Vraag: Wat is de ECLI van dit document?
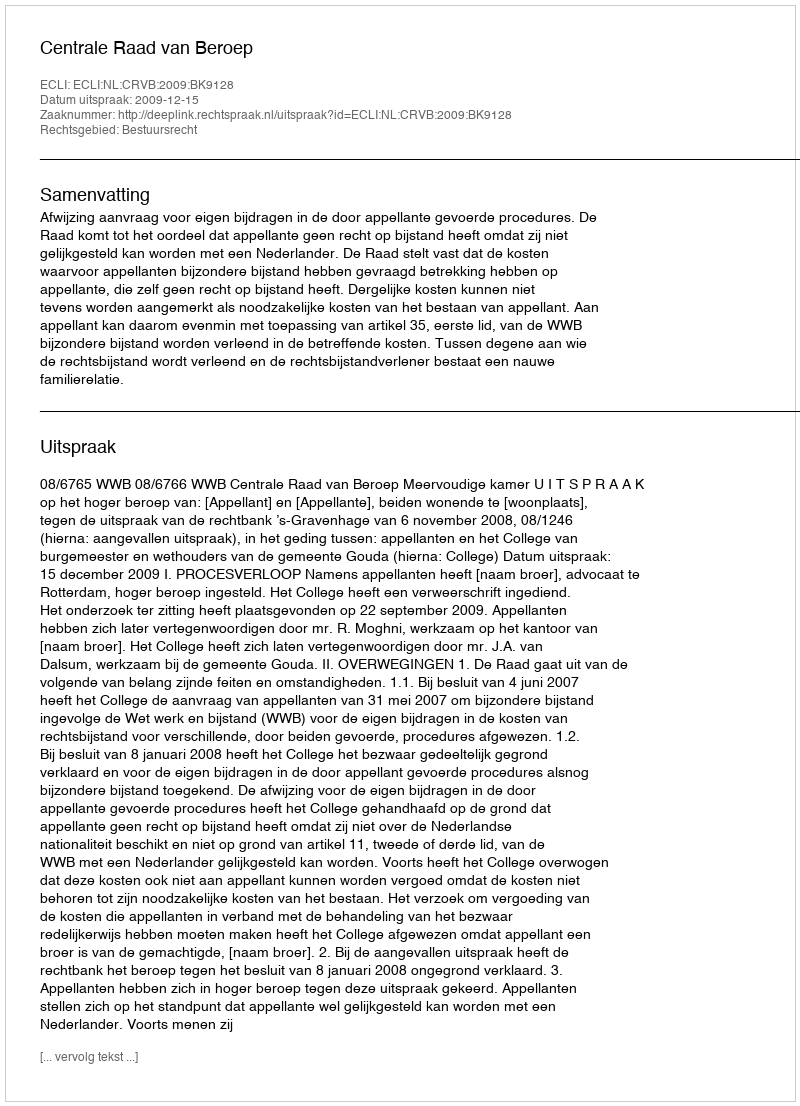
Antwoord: ECLI:NL:CRVB:2009:BK9128